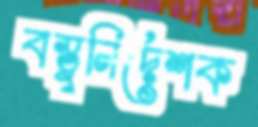
বস্তুনির্দেশক